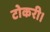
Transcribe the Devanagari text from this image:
टोकरी।